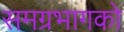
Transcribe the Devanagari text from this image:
समग्रभागको